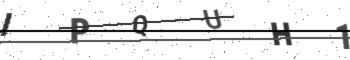
Text: IPQUH1